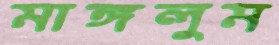
মাঙ্গলুম